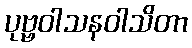
ပုဗ္ဗဝါသနဝါသိတာ